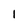
Character: 1